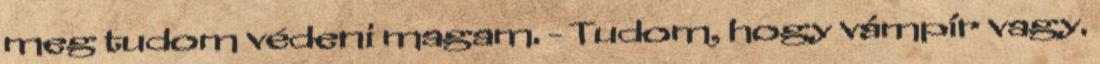
meg tudom védeni magam. - Tudom, hogy vámpír vagy.